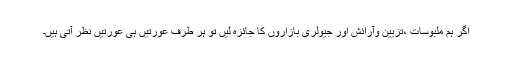
اگر ہم ملبوسات ،تزیین وآرائش اور جیولری بازاروں کا جائزہ لیں تو ہر طرف عورتیں ہی عورتیں نظر آتی ہیں۔